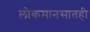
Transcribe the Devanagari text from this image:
लोकमानसातही